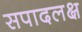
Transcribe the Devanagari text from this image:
सपादलक्ष